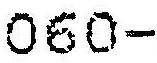
060-